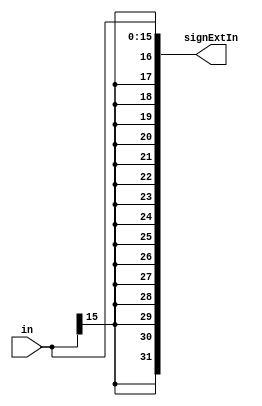




module signExt16to32(input [15:0] in, output reg [31:0] signExtIn);
    always@(in)
    begin
        signExtIn={{16{in[15]}},in};
    end
endmodule